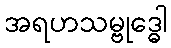
အရဟသမ္ဗုဒ္ဓေါ